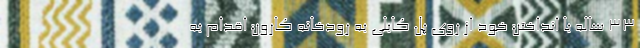
۳۳ ساله با انداختن خود از روی پل کابلی به رودخانه کارون اقدام به